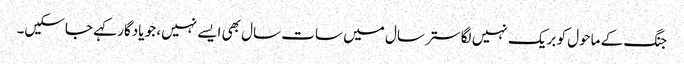
جنگ کے ماحول کو بریک نہیں لگا ستر سال میں سات سال بھی ایسے نہیں، جو یادگار کہے جاسکیں۔